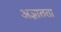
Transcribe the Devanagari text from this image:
अज्ञातता